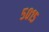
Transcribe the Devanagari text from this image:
५०१५